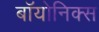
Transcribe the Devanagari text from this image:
बॉयोनिक्स